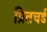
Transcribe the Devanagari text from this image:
प्रितचर्ड